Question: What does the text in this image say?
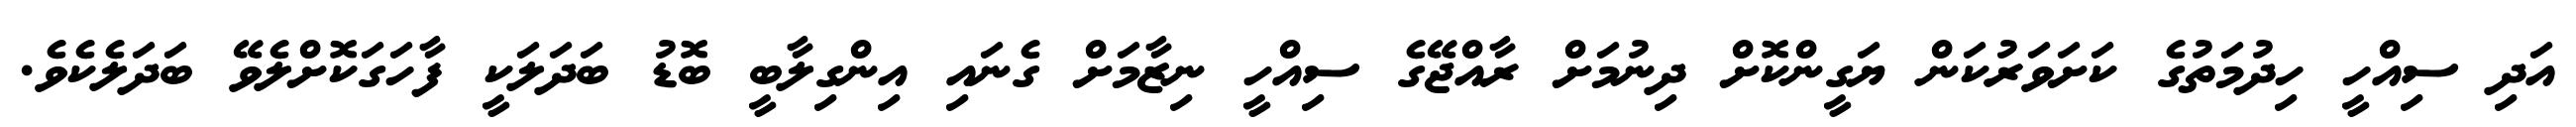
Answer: އަދި ސިއްހީ ހިދުމަތުގެ ކަށަވަރުކަން ޔަގީންކޮށް ދިނުމަށް ރާއްޖޭގެ ސިއްހީ ނިޒާމަށް ގެނައި އިންގިލާބީ ބޮޑު ބަދަލަކީ ފާހަގަކޮށްލެވޭ ބަދަލެކެވެ.